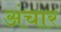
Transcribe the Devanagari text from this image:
अंचार